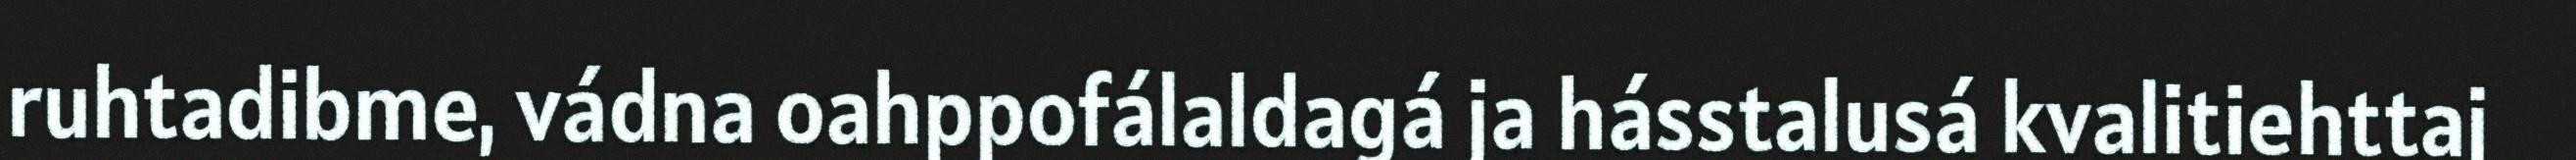
ruhtadibme, vádna oahppofálaldagá ja hásstalusá kvalitiehttaj